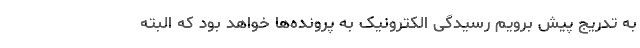
به تدریج پیش برویم رسیدگی الکترونیک به پرونده‌ها خواهد بود که البته